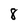
Character: 8